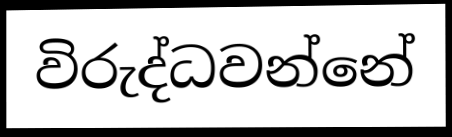
විරුද්ධවන්නේ